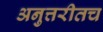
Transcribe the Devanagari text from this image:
अनुत्तरीतच